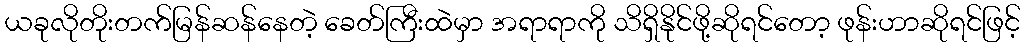
ယခုလိုတိုးတက်မြန်ဆန်နေတဲ့ ခေတ်ကြီးထဲမှာ အရာရာကို သိရှိနိုင်ဖို့ဆိုရင်တော့ ဖုန်းဟာဆိုရင်ဖြင့်